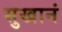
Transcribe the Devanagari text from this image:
सुखानं